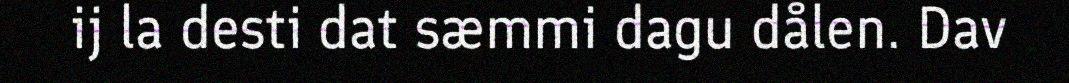
ij la desti dat sæmmi dagu dålen. Dav